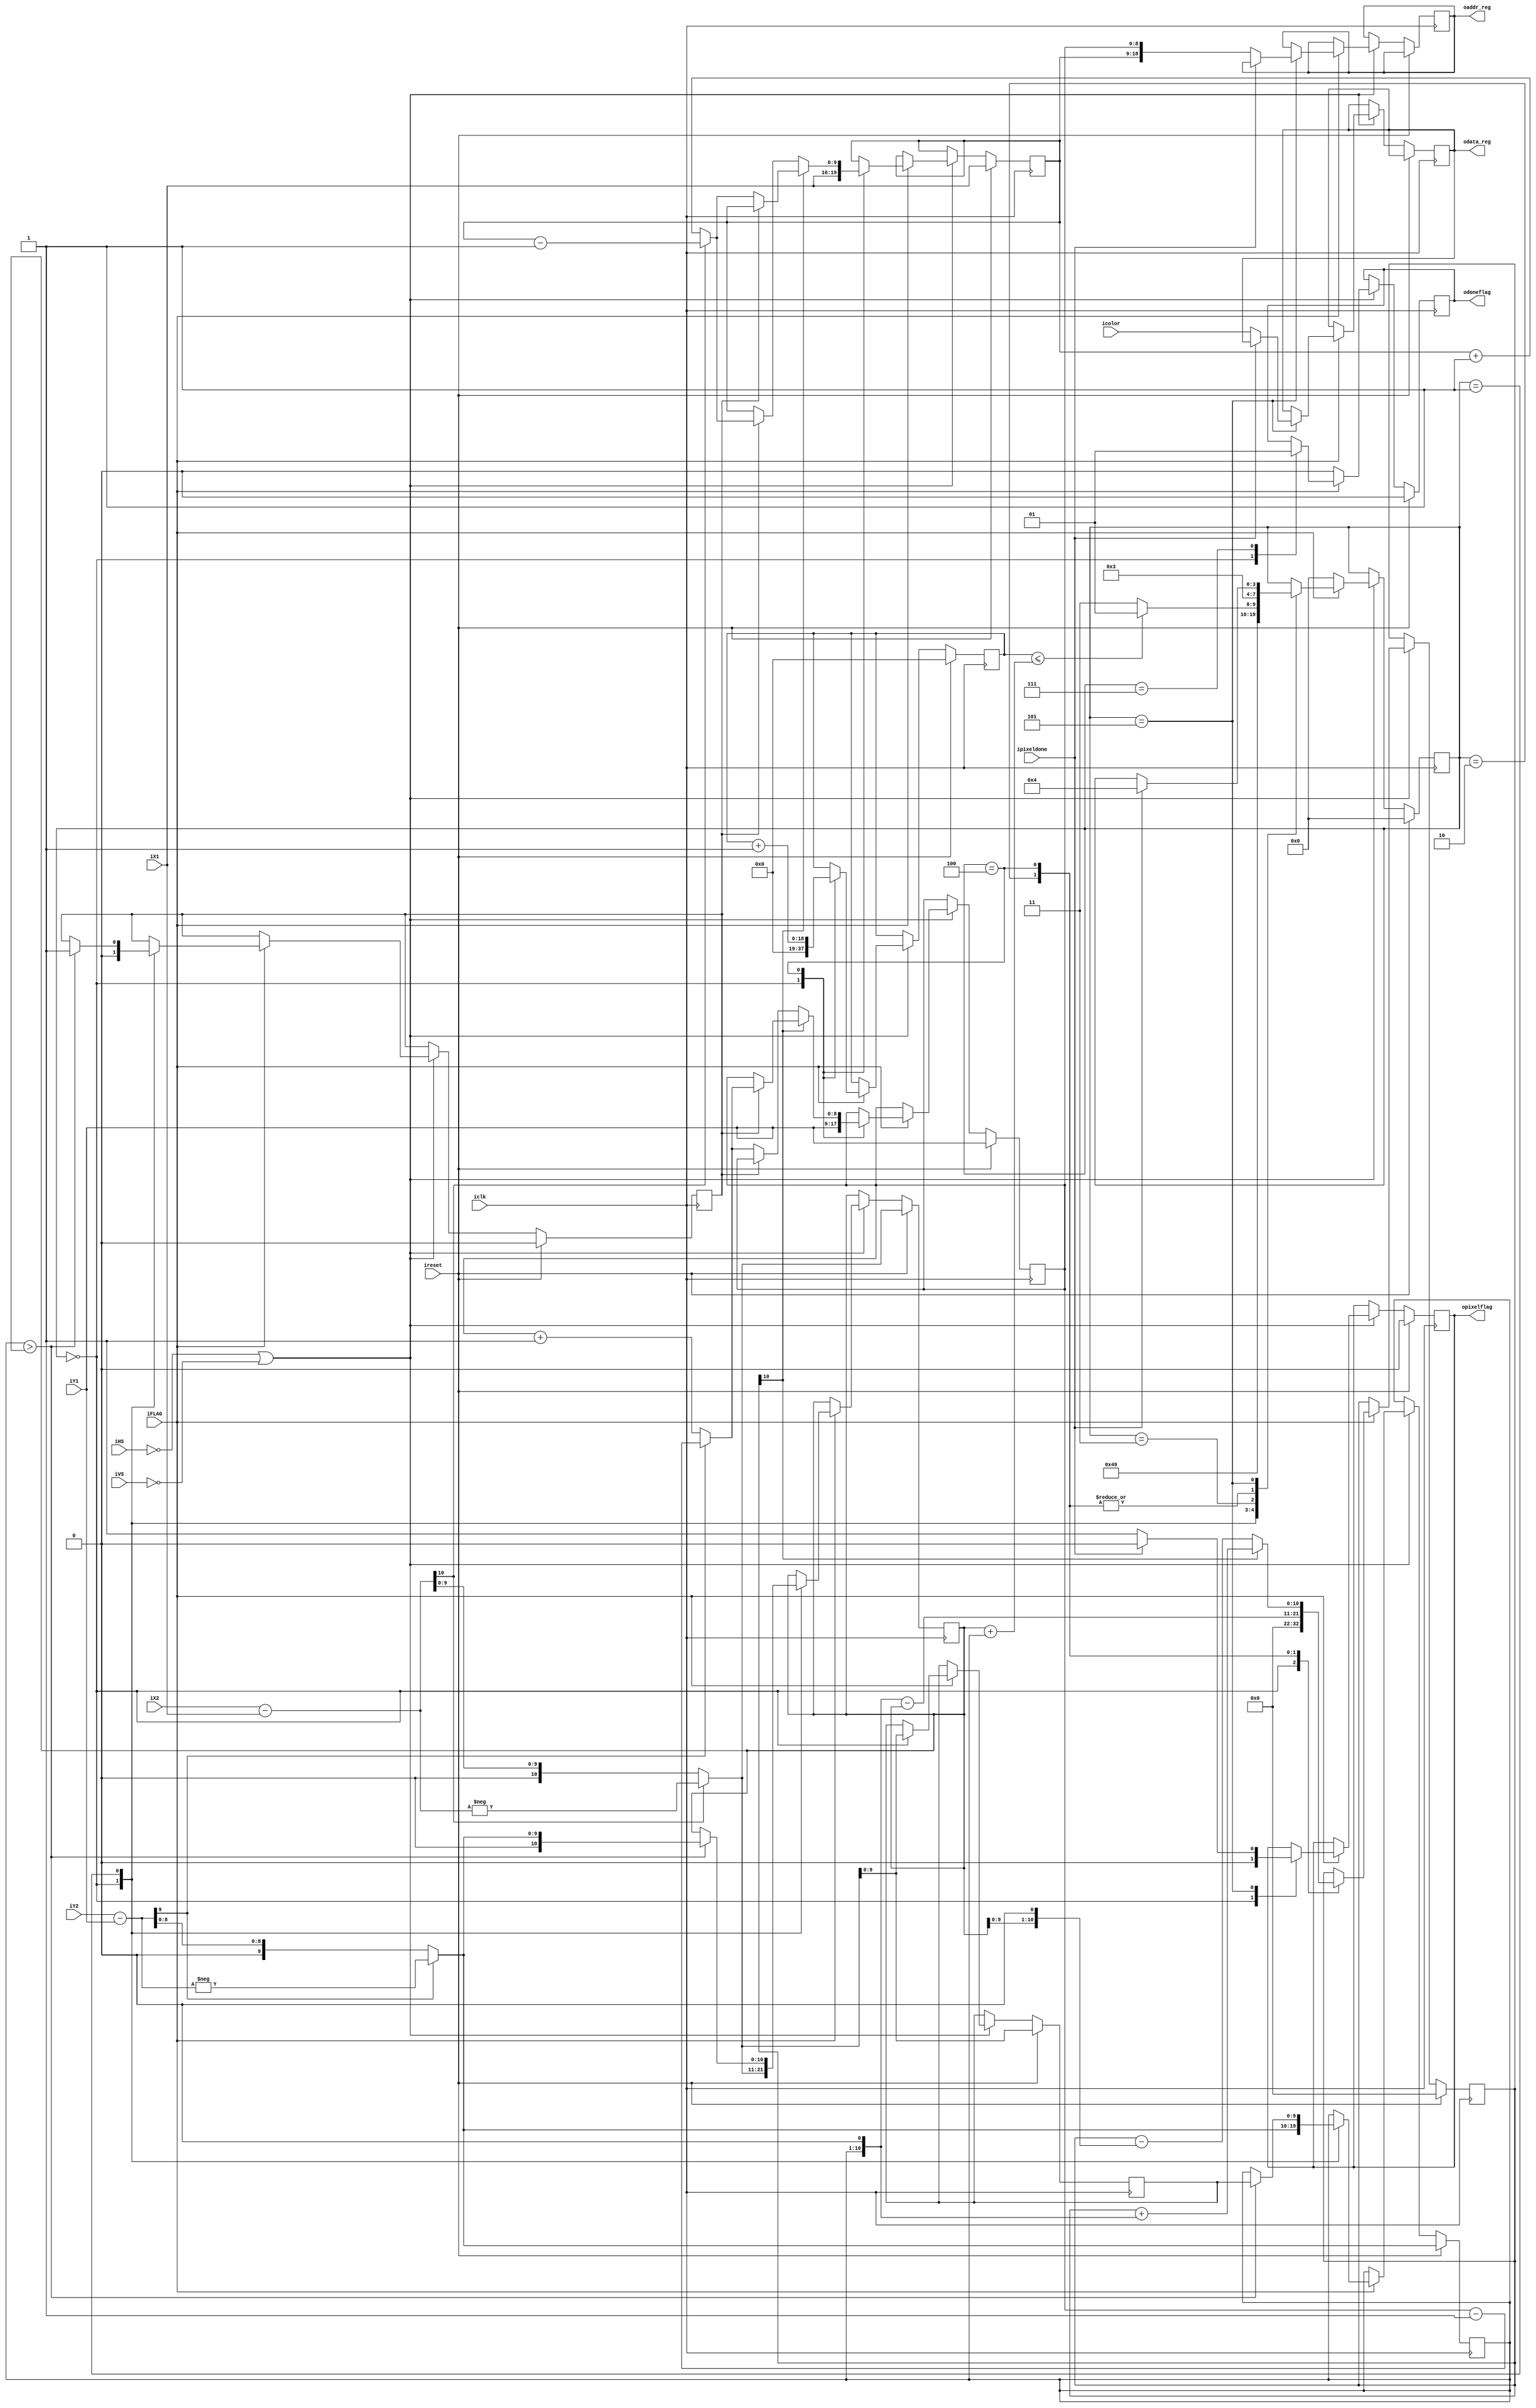
  //#############################################################################
  // MODIFIED BY ANNIE (WEI) DAI TO DRAW A CONTINUOUS LINE ON A DISCRETE GRID
  // BY SPECIFYING THE BEGINNING AND ENDING COORDINATES OF THE LINE
  // SPRING 2013
  //#############################################################################
  ///////////////////////////////////////////////////////////////////////
  //// HARDWARE IMPLEMENTATION OF BRESENHAN LINE DRAWING ALGORITHM///////
  //////////////////////////////////////////////////////////////////////
  module line (
			// inputs:
			iX1,
			iX2,
			iY1,
			iY2,
			iclk,
			ireset,
			iFLAG,
			ipixeldone,
			iHS,
			iVS,
			icolor,


			// outputs:
			oaddr_reg,
			odata_reg,
			opixelflag,
			odoneflag		
             );


input	[9:0]	iX1,iX2;
input [8:0] iY1,iY2;
input	iFLAG, iclk, ipixeldone, ireset, iHS, iVS;
input	[15:0] 	icolor;
output	[18:0]	oaddr_reg;
output	[15:0]	odata_reg;
output	odoneflag, opixelflag;

reg	[18:0]	addr_reg;
reg	[15:0]	data_reg;
//wire	flag;
(* preserve *)reg	[3:0]	state;

assign	oaddr_reg = addr_reg;
assign	odata_reg = data_reg;

reg 	[18:0]	count;
wire	[10:0] 	diffx;
wire  [9:0]    diffy;

wire	[10:0]	dx;
wire  [9:0]    dy;
reg	[9:0] 	temp,  x;
reg   [8:0]    y;
reg [10:0]	tempdx;
reg [9:0]   tempdy;
reg	xchange;
reg	[10:0]	half;
reg	lock;
reg done;
reg	pixelflag;

assign odoneflag = done;
assign opixelflag = pixelflag;

assign	diffx = iX2-iX1;
assign dx = (diffx[10])? -diffx:diffx;
assign	diffy = iY2-iY1;
assign dy = (diffy[9])? -diffy:diffy;

//state names
parameter	init		= 4'd0,
		drawline1	= 4'd1,
		drawline2	= 4'd2,
		drawline3	= 4'd3,
		drawline4	= 4'd4,
		putpixel1	= 4'd5,
		finish		= 4'd7;


always @ (posedge iclk)
begin
	if (ireset)
	begin
		x <= iX1;
		y <= iY1;
		tempdx <= dx;
		temp <= dx;
		tempdy <= dy;
		xchange <= 1'd0;
		count <= 11'd0;
		pixelflag <= 1'd0;
		half <= 11'd0;

		done <= 1'd0;
		state <= init;
	end
	else if ((~iHS | ~iVS))
	begin
		if (iFLAG)
		begin
		case(state)
			init:
			begin
				x <= iX1;
				y <= iY1;
				tempdx <= dx;
				temp <= dx;
				tempdy <= dy;
				xchange <= 1'd0;
				count <= 11'd0;
				pixelflag <= 1'd0;
				half <= 11'd0;

				done <= 1'd0;
				state <= drawline1;
			end

			drawline1:
			begin
				if(tempdy > tempdx)
				begin
					tempdx <= dy;
					tempdy <= temp;
					xchange <= 1'd1;
				end
				state <= drawline2;
			end
			
			drawline2:
			begin
				half <= (tempdy << 1) - tempdx;
				state <= drawline3;
			end

			drawline3:
			begin
				if (count <= (tempdx+tempdy))
				begin
					state <= putpixel1;
				end
				else
					state <= finish;
			end
			
			drawline4:
			begin
				if (~half[10])
				begin
					if (xchange)
					begin
						if (diffx[10])
							x <= x-1'd1;
						else
							x <= x+1'd1;
					end
					else	
					begin
						if (diffy[9])
							y <= y-1'd1;
						else
							y <= y+1'd1;
					end
					half <= half-(tempdx << 1);
				end

				else
				begin
					if (xchange) 
					begin
						if (diffy[9])
							y <= y-1'd1;
						else
							y <= y+1'd1;
					end
					else	
					begin
						if (diffx[10])
							x <= x-1'd1;
						else
							x <= x+1'd1;
					end
					half <= half+(tempdy << 1);
				end
				count <= count+1'd1;
				state <= drawline3;
			end
			
			putpixel1:
			begin
				if (ipixeldone)
				begin
					pixelflag <= 1'd0;
					state <= drawline4;
				end
				else
				begin
					pixelflag <= 1'd1;
					addr_reg <= {x,y};
					data_reg <= icolor;
				end
			end				
			finish:
			begin
				done <= 1'd1;
			end
		endcase
		end
		else
		begin
			done <= 1'd0;
			state <= init;
		end
	end
end

endmodule